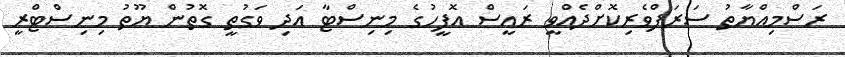
ރަސްމިއްޔާތު ސަރަފްވެރިކޮށްދެއްވީ ރައީސް އޮފީހުގެ މިނިސްޓާ އަދި ވަގުތީ ގޮތުން ޔޫތު މިނިސްޓްރީ